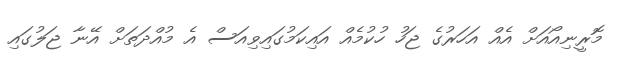
މޮރީނިއޯއަށް އެއް އަހަރުގެ ޖަހު ހުކުމެއް އައިކަމުގައިވިއަސް އެ މުއްދަތަށް އޭނާ ޖަލުގައި